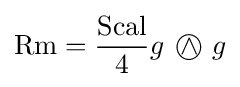
\operatorname {Rm} ={\frac {\operatorname {Scal} }{4}}g~\wedge \!\!\!\!\!\!\!\!\;\bigcirc ~g